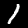
Digit: 1